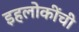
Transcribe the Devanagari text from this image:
इहलोकींची